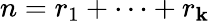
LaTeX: n=r_{1}+\cdots+r_{\mathbf{k}}